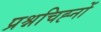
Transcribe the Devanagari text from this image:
प्रश्नचिह्नों